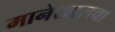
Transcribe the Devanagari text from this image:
मानेखालचा